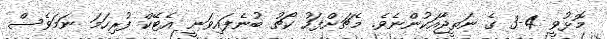
މޮޅުވީ 4-3 ގެ ނަތީޖާއަކުންނެވެ. މެޗަށްފަހު ކޯޗު ބުނެފައިިވަނީ އެޓޭކް ފުރިހަމަ ނަމަވެސް